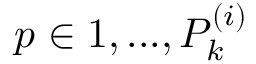
p \in { 1 , . . . , P _ { k } ^ { ( i ) } }